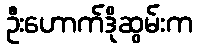
ဦးဟောက်ဒိုဆွမ်းက